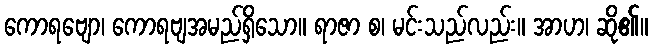
ကောရဗျော၊ ကောရဗျအမည်ရှိသော။ ရာဇာ စ၊ မင်းသည်လည်း။ အာဟ၊ ဆို၏။